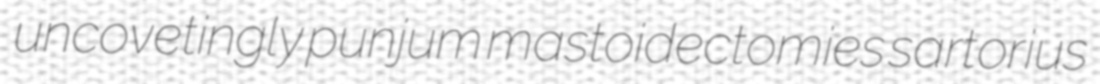
uncovetingly punjum mastoidectomies sartorius